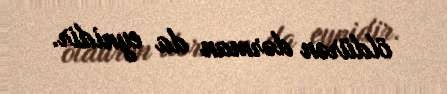
öldürən dərman da eynidir.